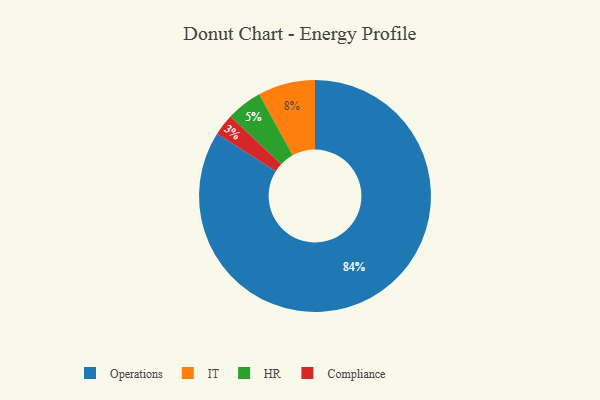
{"axis": {"x": "Category", "y": "Percentage"}, "legend": ["Compliance", "HR", "IT", "Operations"], "data": [{"x": "IT", "y": 8, "type": "IT"}, {"x": "Compliance", "y": 3, "type": "Compliance"}, {"x": "Operations", "y": 84, "type": "Operations"}, {"x": "HR", "y": 5, "type": "HR"}]}